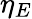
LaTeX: \eta_{E}